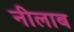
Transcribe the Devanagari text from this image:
नीलाब